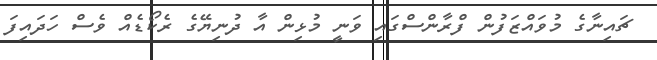
ޗައިނާގެ މުވައްޒަފުން ފްރާންސްގައި ވަނީ މުޅިން އާ ދުނިޔޭގެ ރެކޯޑެއް ވެސް ހަދައިފަ